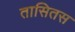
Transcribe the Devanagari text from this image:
तासितस